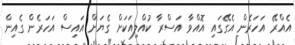
އެއްރޭ އަހަރެން އެގޭގައި އޮއްވާ އަސްރާ ކުއްލިއަކަށް ގެޔަށް އައިސް އަހަރެން ގެއިން